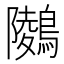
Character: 𪅋